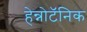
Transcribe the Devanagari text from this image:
हेन्नोटॅनिक